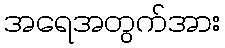
အရေအတွက်အား